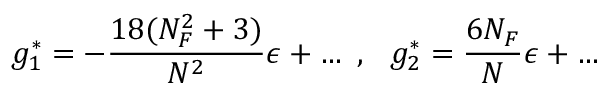
g _ { 1 } ^ { * } = - \frac { 1 8 ( N _ { F } ^ { 2 } + 3 ) } { N ^ { 2 } } \epsilon + \ldots { } ~ , ~ ~ g _ { 2 } ^ { * } = \frac { 6 N _ { F } } { N } \epsilon + \ldots